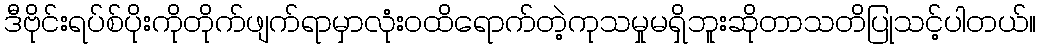
ဒီဗိုင်းရပ်စ်ပိုးကိုတိုက်ဖျက်ရာမှာလုံးဝထိရောက်တဲ့ကုသမှုမရှိဘူးဆိုတာသတိပြုသင့်ပါတယ်။